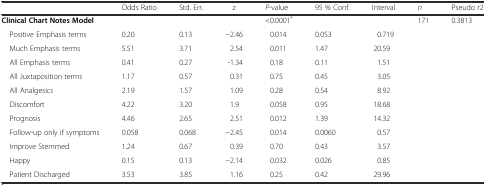
<table><thead><tr><td></td><td><b>Odds Ratio</b></td><td><b>Std. Err.</b></td><td><b>z</b></td><td><b><i>P</i>-value</b></td><td><b>95 % Conf.</b></td><td><b>Interval</b></td><td><b><i>n</i></b></td><td><b>Pseudo r2</b></td></tr></thead><tbody><tr><td><b>Clinical Chart Notes Model</b></td><td></td><td></td><td></td><td>&lt;0.0001<sup>*</sup></td><td></td><td></td><td>171</td><td>0.3813</td></tr><tr><td> Positive Emphasis terms</td><td>0.20</td><td>0.13</td><td>−2.46</td><td>0.014</td><td>0.053</td><td>0.719</td><td colspan="2"></td></tr><tr><td> Much Emphasis terms</td><td>5.51</td><td>3.71</td><td>2.54</td><td>0.011</td><td>1.47</td><td>20.59</td><td colspan="2"></td></tr><tr><td> All Emphasis terms</td><td>0.41</td><td>0.27</td><td>-1.34</td><td>0.18</td><td>0.11</td><td>1.51</td><td colspan="2"></td></tr><tr><td> All Juxtaposition terms</td><td>1.17</td><td>0.57</td><td>0.31</td><td>0.75</td><td>0.45</td><td>3.05</td><td colspan="2"></td></tr><tr><td> All Analgesics</td><td>2.19</td><td>1.57</td><td>1.09</td><td>0.28</td><td>0.54</td><td>8.92</td><td colspan="2"></td></tr><tr><td> Discomfort</td><td>4.22</td><td>3.20</td><td>1.9</td><td>0.058</td><td>0.95</td><td>18.68</td><td colspan="2"></td></tr><tr><td> Prognosis</td><td>4.46</td><td>2.65</td><td>2.51</td><td>0.012</td><td>1.39</td><td>14.32</td><td colspan="2"></td></tr><tr><td> Follow-up only if symptoms</td><td>0.058</td><td>0.068</td><td>−2.45</td><td>0.014</td><td>0.0060</td><td>0.57</td><td colspan="2"></td></tr><tr><td> Improve Stemmed</td><td>1.24</td><td>0.67</td><td>0.39</td><td>0.70</td><td>0.43</td><td>3.57</td><td colspan="2"></td></tr><tr><td> Happy</td><td>0.15</td><td>0.13</td><td>−2.14</td><td>0.032</td><td>0.026</td><td>0.85</td><td colspan="2"></td></tr><tr><td> Patient Discharged</td><td>3.53</td><td>3.85</td><td>1.16</td><td>0.25</td><td>0.42</td><td>29.96</td><td colspan="2"></td></tr></tbody></table>